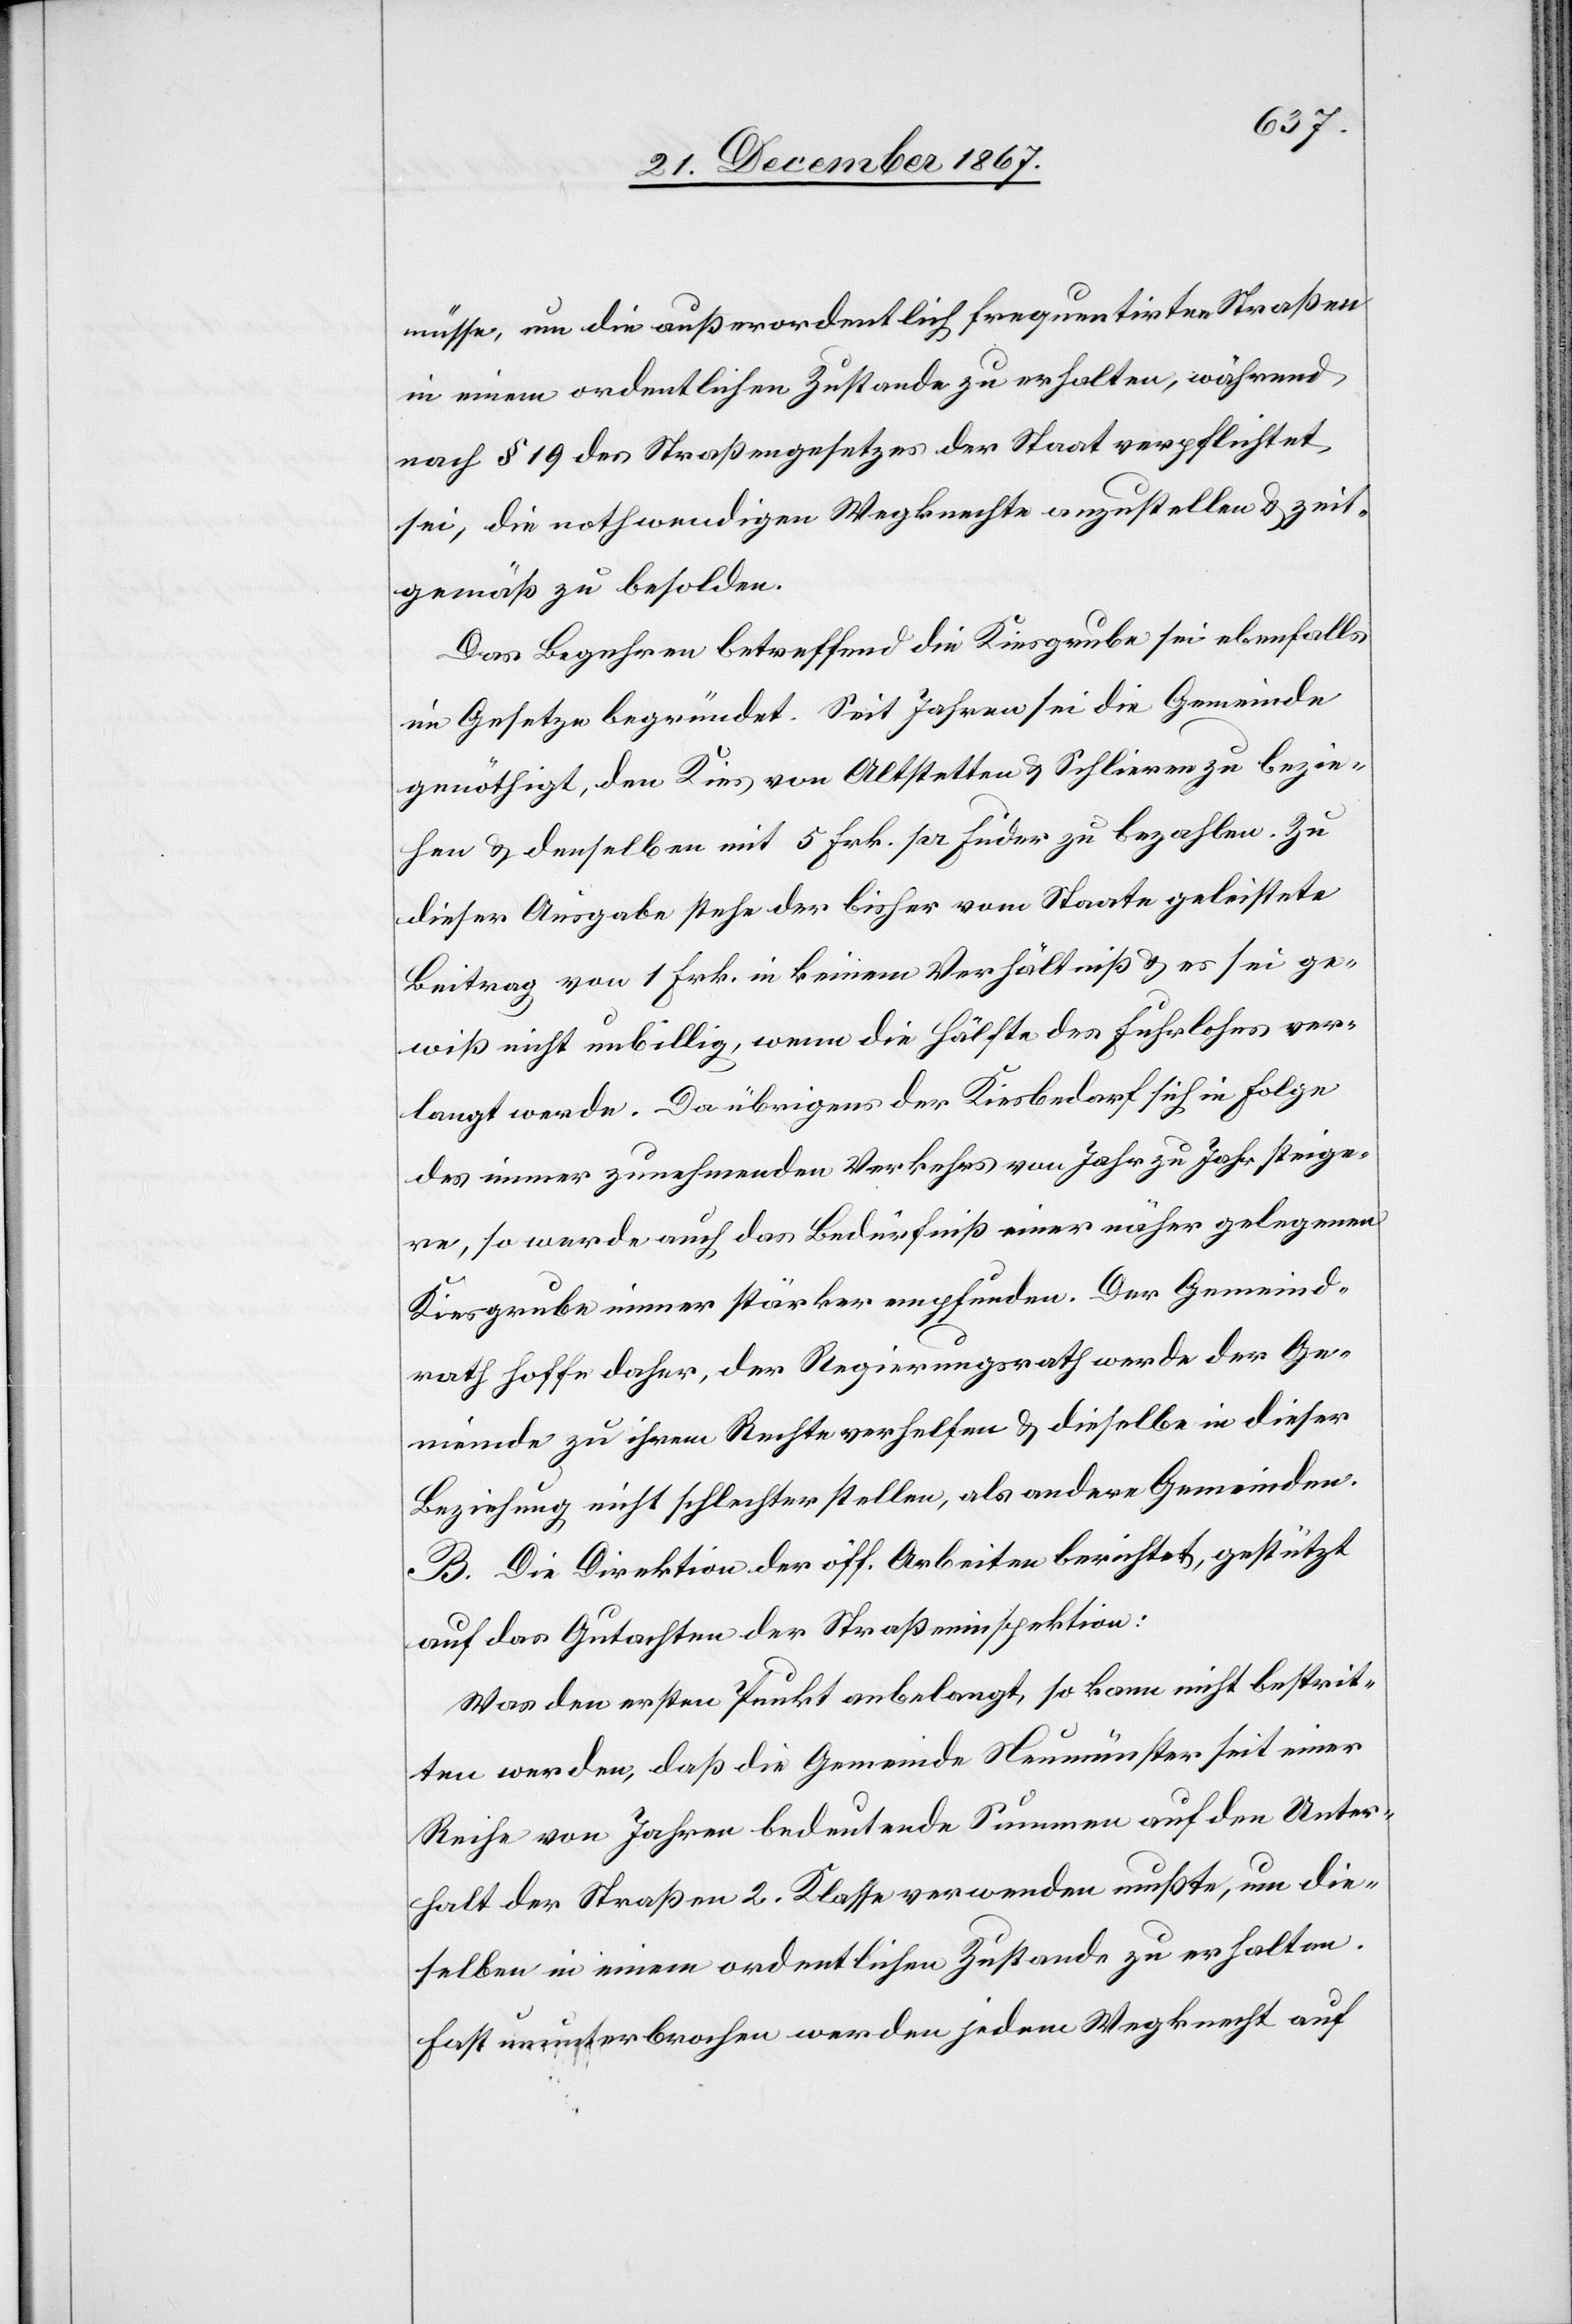
müsse, um die außerordentlich frequentirten Straßen
in einem ordentlichen Zustande zu erhalten, während
nach § 19 des Straßengesetzes der Staat verpflichtet
sei, die nothwendigen Wegknechte anzustellen u. zeit¬
gemäß zu besolden.
Das Begehren betreffend die Kiesgrube sei ebenfalls
im Gesetze begründet. Seit Jahren sei die Gemeinde
genöthigt, den Kies von Altstetten u. Schlieren zu bezie¬
hen u. denselben mit 5 Frk. pr. Fuder zu bezahlen. Zu
dieser Ausgabe stehe der bisher vom Staate geleistete
Beitrag von 1 Frk. in keinem Verhältniß u. es sei ge¬
wiß nicht unbillig, wenn die Hälfte des Fuhrlohns ver¬
langt werde. Da übrigens der Kiesbedarf sich in Folge
des immer zunehmenden Verkehrs von Jahr zu Jahr steige¬
re, so werde auch das Bedürfniß einer näher gelegenen
Kiesgrube immer stärker empfunden. Der Gemeind¬
rath hoffe daher, der Regierungsrath werde der Ge¬
meinde zu ihrem Rechte verhelfen u. dieselbe in dieser
Beziehung nicht schlechter stellen, als andere Gemeinden.
B. Die Direktion der öff. Arbeiten berichtet, gestützt
auf das Gutachten der Straßeninspektion:
Was den ersten Punkt anbelangt, so kann nicht bestrit¬
ten werden, daß die Gemeinde Neumünster seit einer
Reihe von Jahren bedeutende Summen auf den Unter¬
halt der Straßen 2. Klasse verwenden mußte, um die¬
selben in einem ordentlichen Zustande zu erhalten.
Fast ununterbrochen werden jedem Wegknecht auf